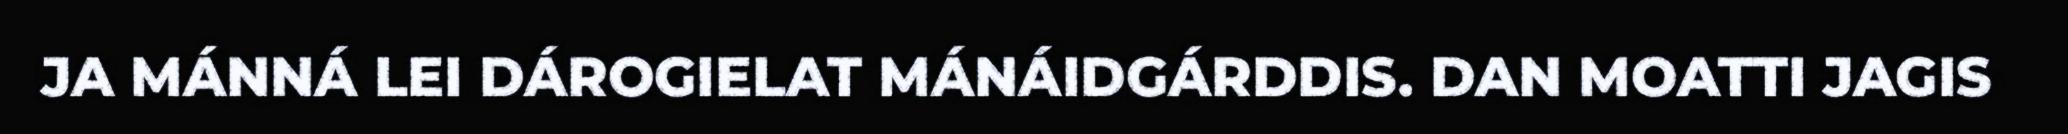
JA MÁNNÁ LEI DÁROGIELAT MÁNÁIDGÁRDDIS. DAN MOATTI JAGIS